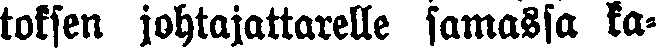
toksen johtajattarelle samassa ka-